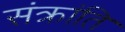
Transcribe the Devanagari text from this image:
संक्रांति